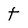
Character: t